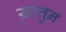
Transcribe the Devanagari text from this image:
ख़ातुन